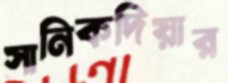
সানিকদিয়ার